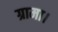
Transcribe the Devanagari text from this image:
ग्रामा।